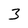
Character: 3